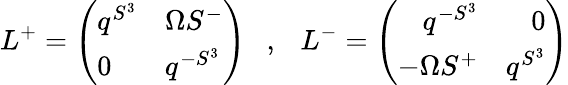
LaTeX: L^{+}=\left(\begin{array}{ll}{{q^{S^{3}}}}&{{\Omega S^{-}}}\\ {{0}}&{{q^{-S^{3}}}}\end{array}\right)\ \ \ ,\ \ \ L^{-}=\left(\begin{array}{rr}{{q^{-S^{3}}}}&{{0}}\\ {{-\Omega S^{+}}}&{{q^{S^{3}}}}\end{array}\right)